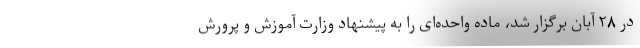
در ۲۸ آبان برگزار شد، ماده واحده‌ای را به پیشنهاد وزارت آموزش و پرورش